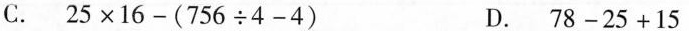
C. $$2 5 \times 1 6 - ( 7 5 6 \div 4 - 4 )$$ D. $$7 8 - 2 5 + 1 5$$